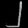
Digit: ၂